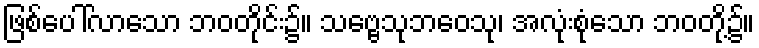
ဖြစ်ပေါ်လာသော ဘဝတိုင်း၌။ သဗ္ဗေသုဘဝေသု၊ အလုံးစုံသော ဘဝတို့၌။